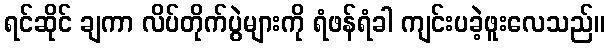
ရင်ဆိုင် ချကာ လိပ်တိုက်ပွဲများကို ရံဖန်ရံခါ ကျင်းပခဲ့ဖူးလေသည်။